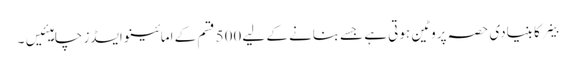
خلیے کا بنیادی حصہ پروٹین ہوتی ہے جسےبنانے کے لیے 500 قسم کے امائینو ایسڈز چاہیئیں۔